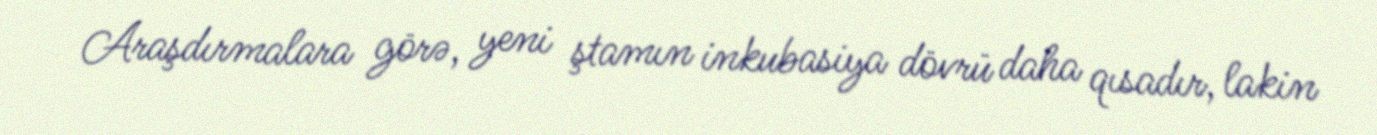
Araşdırmalara görə, yeni ştamın inkubasiya dövrü daha qısadır, lakin